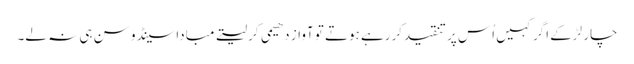
چار لڑکے اگر کہیں اُس پر تنقیدکررہے ہوتے تو آواز دھیمی کرلیتے مبادا سینڈو سن ہی نہ لے۔